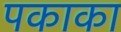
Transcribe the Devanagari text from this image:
पकाका